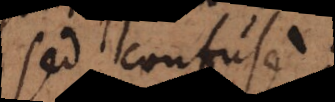
sed confus